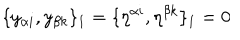
\{ y _ { \alpha i } , y _ { \beta k } \} _ { 1 } = \{ \eta ^ { \alpha i } , \eta ^ { \beta k } \} _ { 1 } = 0